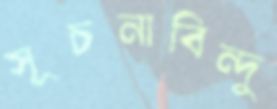
সূচনাবিন্দু